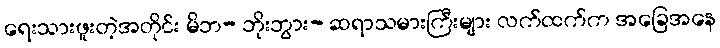
ရေးသားဖူးတဲ့အတိုင်း မိဘ- ဘိုးဘွား- ဆရာသမားကြီးများ လက်ထက်က အခြေအနေ